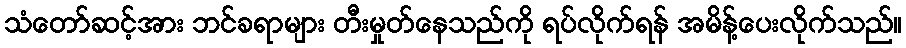
သံတော်ဆင့်အား ဘင်ခရာများ တီးမှုတ်နေသည်ကို ရပ်လိုက်ရန် အမိန့်ပေးလိုက်သည်။